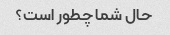
حال شما چطور است؟